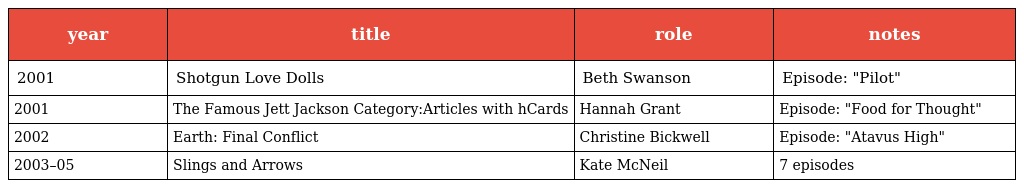
| year | title | role | notes |
 | --- | --- | --- | --- |
 | 2001 | Shotgun Love Dolls | Beth Swanson | Episode: "Pilot" |
 | 2001 | The Famous Jett Jackson Category:Articles with hCards | Hannah Grant | Episode: "Food for Thought" |
 | 2002 | Earth: Final Conflict | Christine Bickwell | Episode: "Atavus High" |
 | 2003–05 | Slings and Arrows | Kate McNeil | 7 episodes |